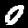
Digit: 0